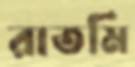
রাতমি